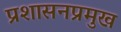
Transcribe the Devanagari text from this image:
प्रशासनप्रमुख